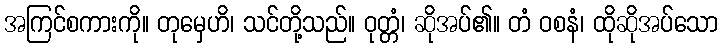
အကြင်စကားကို။ တုမှေဟိ၊ သင်တို့သည်။ ဝုတ္တံ၊ ဆိုအပ်၏။ တံ ဝစနံ၊ ထိုဆိုအပ်သော